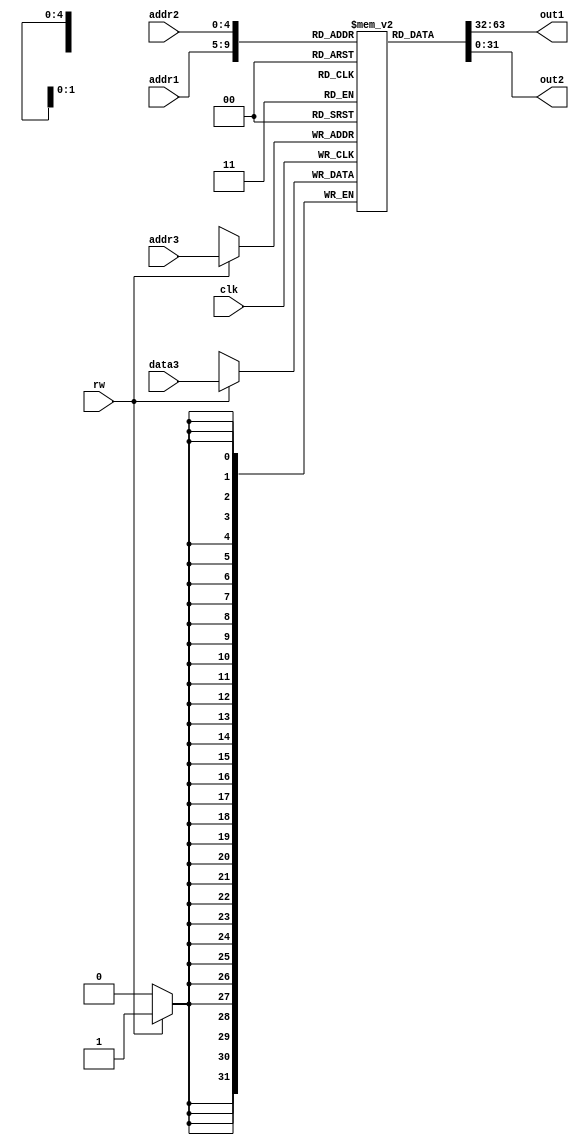
module RegisterFile(rw,addr1,addr2,out1,out2,addr3,data3,clk);

input rw;  	//A signal that decides whether we write into file (if 1 -> write)
input [4:0] addr1;	//In case of read, the address of first register
input [4:0] addr2;	//In case of read, the address of second register
output [31:0] out1;	//In case of read, the value of the first register
output [31:0] out2;	//In case of read, the value of the second register
input [4:0] addr3;	//In case of write, the address of the register in which to write
input [31:0] data3;	//In case of write, the value to be written
//reg [31:0] out1;
//reg [31:0] out2;

input clk;

reg [31:0] regmem [31:0];

initial begin
	regmem[0] = 32'b00000000000000000000000000000010;		//Register File initialized with random values
        regmem[1] = 32'b00000000000000000000000000000001;
        regmem[2] = 32'b00000000000000000000000000001000;
        regmem[3] = 32'b00000000000000000000000000000110;
        regmem[4] = 32'b00000000000000000000000001000000;
        regmem[5] = 32'b00000000000000000000000000100000;
        regmem[6] = 32'b00000000000000000000000000010000;
        regmem[7] = 32'b00000000000000000000001000000000;
        regmem[8] = 32'b00000000000000000000000010000000;
        regmem[9] = 32'b00000000000000000000000000100000;
        regmem[10] = 32'b00000000000000000000010000000000;
        regmem[11] = 32'b00000000000000000000000100000000;
        regmem[12] = 32'b00000000000000000000000000010010;
        regmem[13] = 32'b00000000000000000000000010100000;
        regmem[14] = 32'b00000000000000000000000000111000;
        regmem[15] = 32'b00000000000000000000011001000000;
        regmem[16] = 32'b00000000000000000000000000100000;
        regmem[17] = 32'b00000000000000000000000000010000;
        regmem[18] = 32'b00000000000000000000000010100000;
        regmem[19] = 32'b00000000000000000000000001000000;
        regmem[20] = 32'b00000000000000000000000101000000;
        regmem[21] = 32'b00000000000000000010000000000000;
        regmem[22] = 32'b00000000000000000001000000000000;
        regmem[23] = 32'b00000000000000000000100000000000;
        regmem[24] = 32'b00000000000000001000000100000000;
        regmem[25] = 32'b00000000000000001100100000000000;
        regmem[26] = 32'b00000000000000000000000100000000;
        regmem[27] = 32'b00000000000000000100100000000000;
        regmem[28] = 32'b00000000000000000000100001000000;
        regmem[29] = 32'b00000000000000000000000100010000;
        regmem[30] = 32'b00000000000010100010000000000000;
        regmem[31] = 32'b00000000000000010000100101100000;

	end

		assign out1 = regmem[addr1];
		assign out2 = regmem[addr2];

	//always@(rw)
	always@ (negedge clk)
	begin
		if(rw==1'b1)
		begin
		 regmem[addr3] = data3;
		end
	end

endmodule